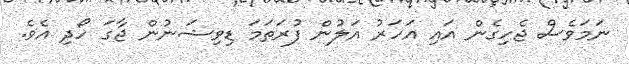
ނަމަވެސް ޖެހިގެން އައި އަހަރު އަލުން ފުރަތަމަ ޑިވިޝަނުން ޖާގަ ހޯދި އެވެ.